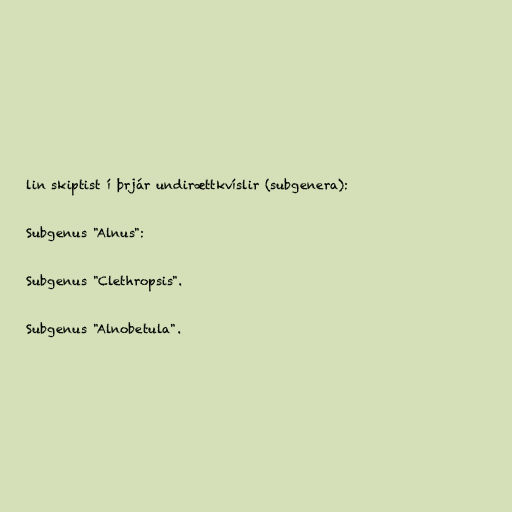
lin skiptist í þrjár undirættkvíslir (subgenera):

Subgenus "Alnus":

Subgenus "Clethropsis".

Subgenus "Alnobetula".